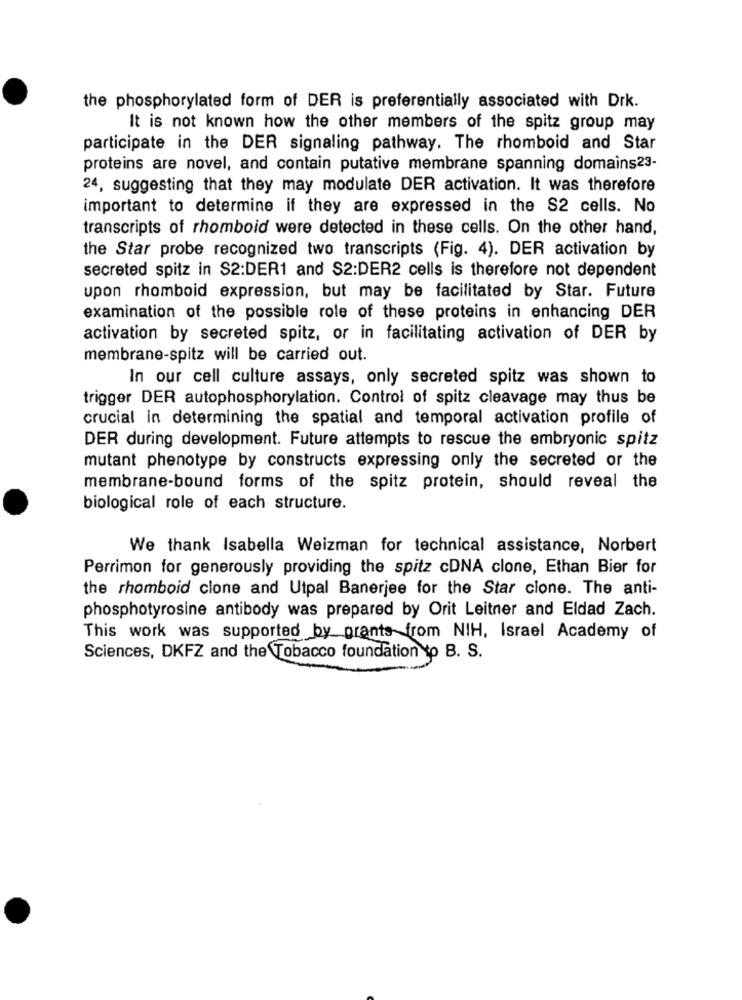
the phosphorylated form of DER is preferentially associated with Drk.
It is not known how the other members of the spitz group may
participate in the DER signaling pathway. The rhomboid and Star
proteins are novel, and contain putative membrane spanning domains23-
24, suggesting that they may modulate DER activation. It was therefore
important to determine if they are expressed in the S2 cells. No
transcripts of rhomboid were detected in these cells. On the other hand,
the Star probe recognized two transcripts (Fig. 4). DER activation by
secreted spitz in S2:DER1 and S2:DER2 cells is therefore not dependent
upon rhomboid expression, but may be facilitated by Star. Future
examination of the possible role of these proteins in enhancing DER
activation by secreted spitz, or in facilitating activation of DER by
membrane-spitz will be carried out.
In our cell culture assays, only secreted spitz was shown to
trigger DER autophosphorylation. Control of spitz cleavage may thus be
crucial in determining the spatial and temporal activation profile of
DER during development. Future attempts to rescue the embryonic spitz
mutant phenotype by constructs expressing only the secreted or the
membrane-bound forms of the spitz protein, should reveal the
biological role of each structure.
We thank Isabella Weizman for technical assistance, Norbert
Perrimon for generously providing the spitz cDNA clone, Ethan Bier for
the rhomboid clone and Utpal Banerjee for the Star cione. The anti-
phosphotyrosine antibody was prepared by Orit Leitner and Eldad Zach.
This work was supported by grants from NIH, Israel Academy of
Sciences, DKFZ and the Tobacco foundation to B. S.